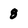
Character: 8